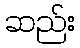
ဆည်း